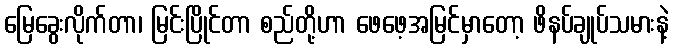
မြေခွေးလိုက်တာ၊ မြင်းပြိုင်တာ စည်တို့ဟာ ဖေဖေ့အမြင်မှာတော့ ဖိနပ်ချုပ်သမားနဲ့